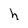
Character: h